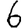
Digit: 6